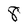
Character: 8